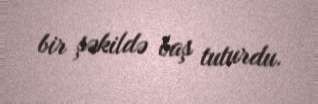
bir şəkildə baş tuturdu.